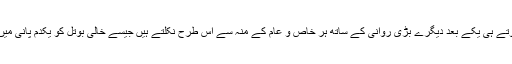
یہ وہ الفاظ ہیں جو بجلی فیل ہوتے ہی یکے بعد دیگرے بڑی روانی کے ساتھ ہر خاص و عام کے منہ سے اِس طرح نکلتے ہیں جیسے خالی بوتل کو یکدم پانی میں ڈبونے پر بُلبلے نکلتے ہیں ۔